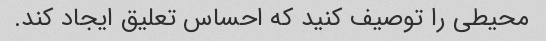
محیطی را توصیف کنید که احساس تعلیق ایجاد کند.